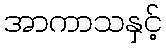
အာကာသနှင့်